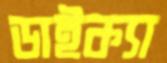
ডাইক্যা